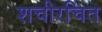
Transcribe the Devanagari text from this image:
शचीरचित